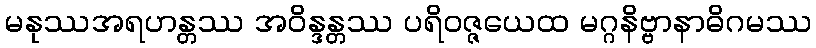
မနုဿအရဟန္တဿ အဝိန္ဒန္တဿ ပရိဝဇ္ဇယေထ မဂ္ဂနိဗ္ဗာနာဓိဂမဿ